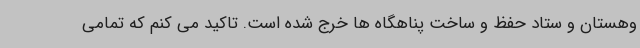
وهستان و ستاد حفظ و ساخت پناهگاه ها خرج شده است. تاکید می کنم که تمامی